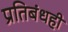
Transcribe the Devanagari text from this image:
प्रतिबंधही